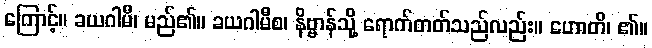
ကြောင့်။ ခယဂါမီ၊ မည်၏။ ခယဂါမီစ၊ နိဗ္ဗာန်သို့ ရောက်တတ်သည်လည်း။ ဟောတိ၊ ၏။